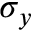
\sigma _ { y }